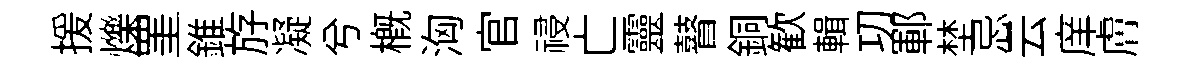
援爍罣錐斿凝兮槪洶官祲亡靈瞽銅歓輯㓛鄆埜忌云庠膚